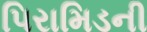
પિરામિડની